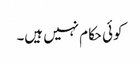
کوئی حکام نہیں ہیں۔